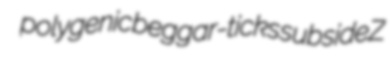
polygenic beggar-ticks subside Z